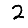
Digit: 2